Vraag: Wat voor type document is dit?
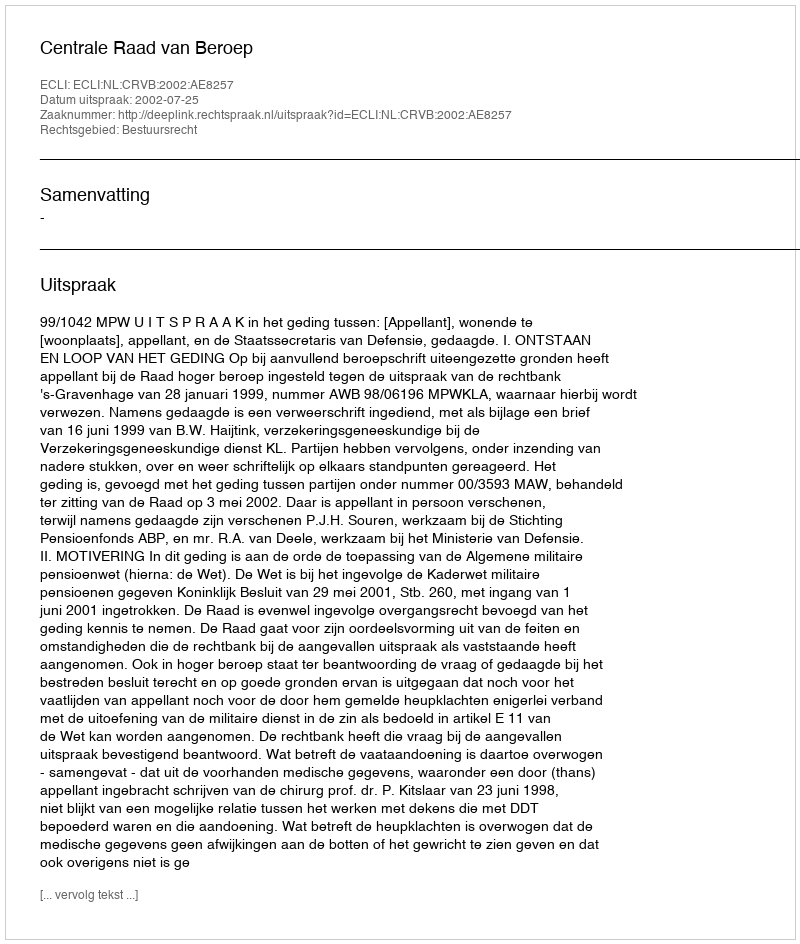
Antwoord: Uitspraak